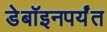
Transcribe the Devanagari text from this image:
डेबॉइनपर्यंत